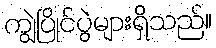
ကျွဲပြိုင်ပွဲများရှိသည်။